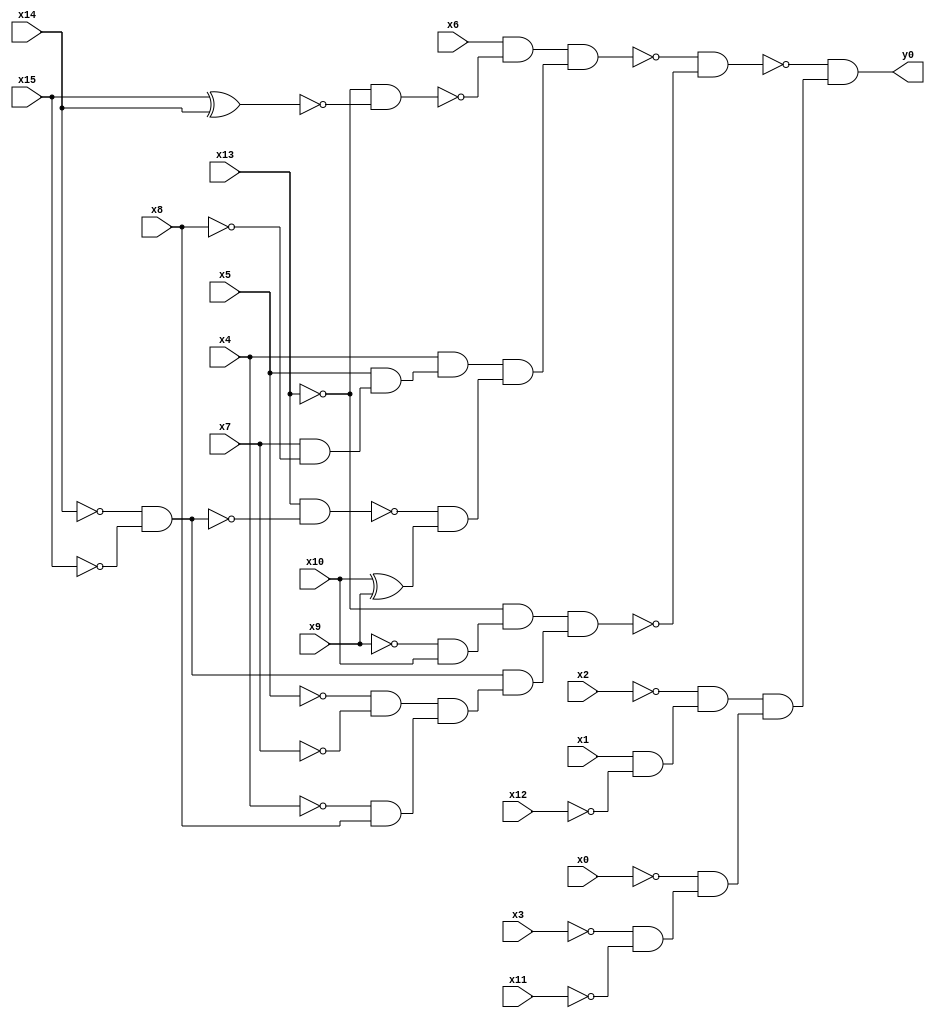
module top( x0 , x1 , x2 , x3 , x4 , x5 , x6 , x7 , x8 , x9 , x10 , x11 , x12 , x13 , x14 , x15 , y0 );
  input x0 , x1 , x2 , x3 , x4 , x5 , x6 , x7 , x8 , x9 , x10 , x11 , x12 , x13 , x14 , x15 ;
  output y0 ;
  wire n17 , n18 , n19 , n20 , n21 , n22 , n23 , n24 , n25 , n26 , n27 , n28 , n29 , n30 , n31 , n32 , n33 , n34 , n35 , n36 , n37 , n38 , n39 , n40 , n41 , n42 ;
  assign n17 = x15 ^ x14 ;
  assign n18 = ~x13 & ~n17 ;
  assign n19 = x6 & ~n18 ;
  assign n20 = x7 & ~x8 ;
  assign n21 = x5 & n20 ;
  assign n22 = x4 & n21 ;
  assign n23 = ~x14 & ~x15 ;
  assign n24 = x13 & ~n23 ;
  assign n25 = x10 ^ x9 ;
  assign n26 = ~n24 & n25 ;
  assign n27 = n22 & n26 ;
  assign n28 = n19 & n27 ;
  assign n29 = ~x9 & x10 ;
  assign n30 = ~x13 & n29 ;
  assign n31 = ~x5 & ~x7 ;
  assign n32 = ~x4 & x8 ;
  assign n33 = n31 & n32 ;
  assign n34 = n23 & n33 ;
  assign n35 = n30 & n34 ;
  assign n36 = ~n28 & ~n35 ;
  assign n37 = x1 & ~x12 ;
  assign n38 = ~x2 & n37 ;
  assign n39 = ~x3 & ~x11 ;
  assign n40 = ~x0 & n39 ;
  assign n41 = n38 & n40 ;
  assign n42 = ~n36 & n41 ;
  assign y0 = n42 ;
endmodule